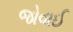
જોવાઈ